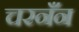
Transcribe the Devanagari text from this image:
चरनँन